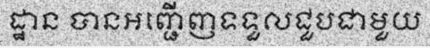
ដ្ឋាន បានអញ្ជើញទទួលជួបជាមួយ